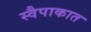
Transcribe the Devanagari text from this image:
स्वैपाकात